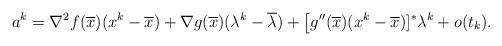
LaTeX: \begin{align*} a^k=\nabla^2f(\overline{x})(x^k-\overline{x}) +\nabla g(\overline{x})(\lambda^k-\overline{\lambda}) +\big[g''(\overline{x})(x^k-\overline{x})]^*\lambda^k +o(t_k). \end{align*}